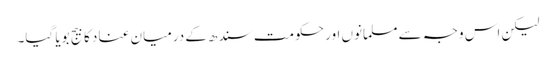
لیکن اس وجہ سے مسلمانوں اور حکومت سندھ کے درمیان عناد کا بیج بویا گیا۔